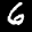
Label: 6